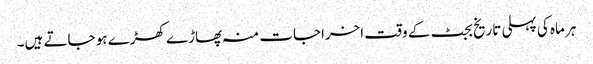
ہر ماہ کی پہلی تاریخ بجٹ کے وقت اخراجات منہ پھاڑے کھڑے ہو جاتے ہیں۔